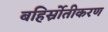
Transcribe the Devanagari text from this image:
बहिर्स्रोतीकरण